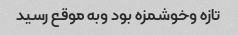
تازه وخوشمزه بود وبه موقع رسید